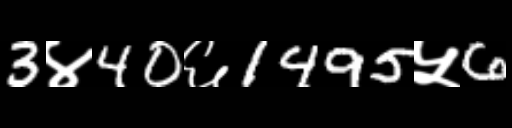
Text: 3४40६1495५6